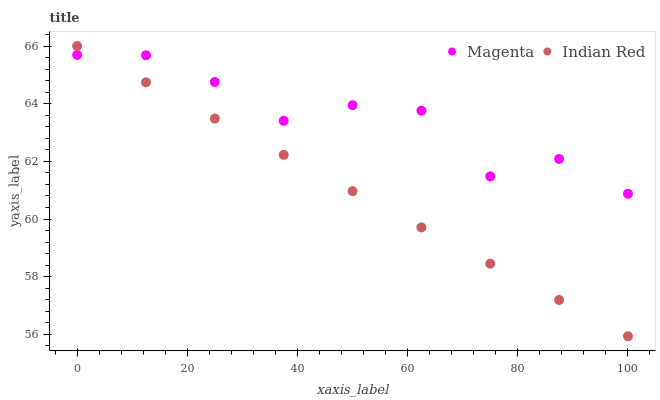
| xaxis_label | Magenta | Indian Red |
 | --- | --- | --- |
 | 0 | 65.7 | 66 |
 | 12.5 | 65.7 | 64.7 |
 | 25 | 64.8 | 63.5 |
 | 37.5 | 63.4 | 62.2 |
 | 50 | 63.9 | 61 |
 | 62.5 | 63.8 | 59.7 |
 | 75 | 61.5 | 58.5 |
 | 87.5 | 62.1 | 57.2 |
 | 100 | 60.9 | 55.9 |